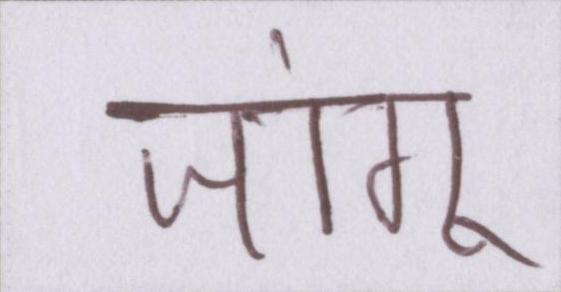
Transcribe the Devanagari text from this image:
जांगू